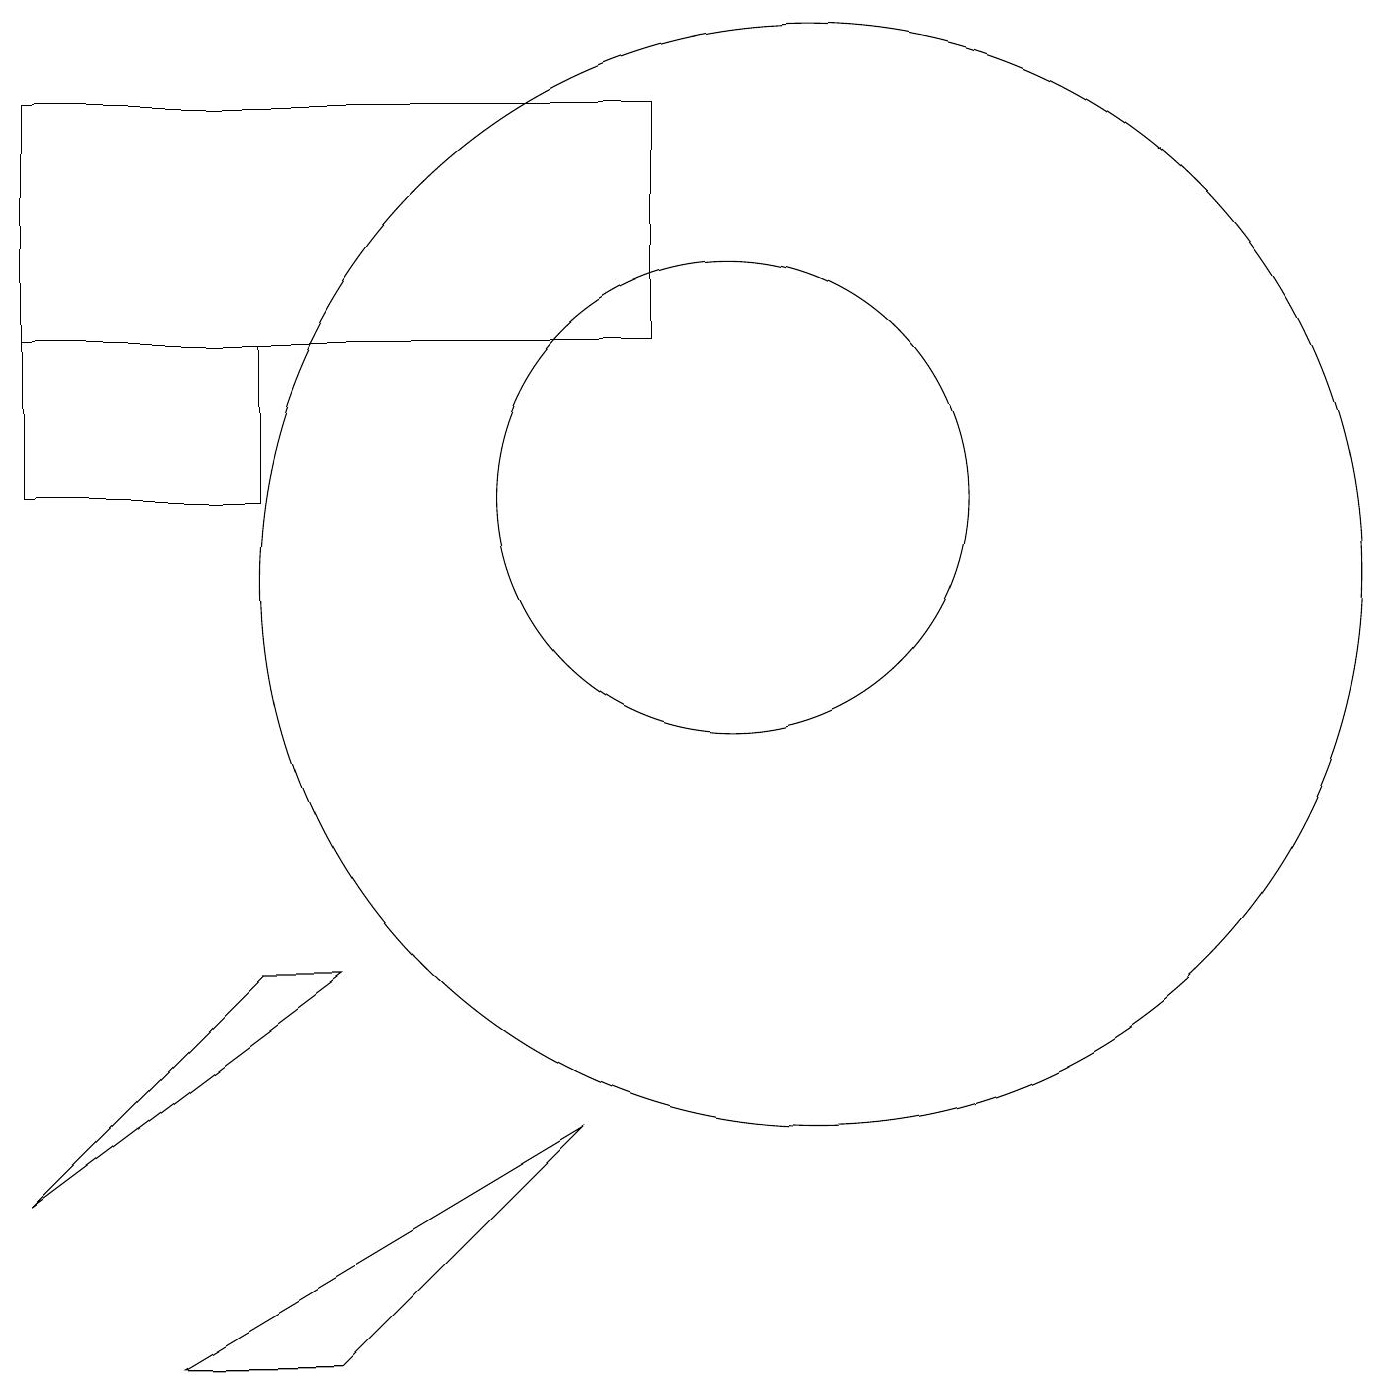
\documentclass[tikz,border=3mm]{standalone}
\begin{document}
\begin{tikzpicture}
\draw (5,6) -- (4,6) -- (1,3) -- cycle;
\draw (12,10) circle (0);
\draw (9,14) rectangle (1,17);
\draw (5,1) -- (3,1) -- (8,4) -- cycle;
\draw (10,12) circle (3);
\draw (11,11) circle (7);
\draw (1,12) rectangle (4,14);
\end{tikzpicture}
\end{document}